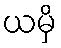
ယမှိ